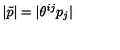
| \tilde { p } | = | \theta ^ { i j } p _ { j } |